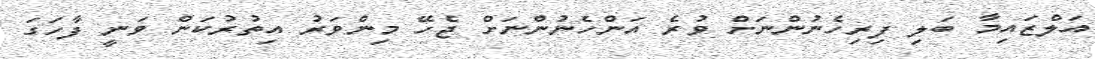
އަލްޒައިމާ ބަލި ފިރިހެނުންނަށް ވުރެ އަންހެނުންނަށް ޖެހޭ މިންވަރު އިތުރުކަން ވަނީ ފާހަގަ